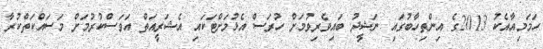
ހަމަމިއާއެކު 2013ގެ އިންތިހާބުގައި ނަޝީދު ބައިވެރިވުމަށް ހުރަސް އެޅުމަށްޓަކައި އެޝަރީއަތް އަވަސްކުރުމަށް މަސައްކަތްކުރާ